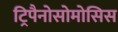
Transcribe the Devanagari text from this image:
ट्रिपैनोसोमोसिस